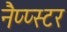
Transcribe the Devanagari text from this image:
नैप्प्स्टर